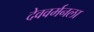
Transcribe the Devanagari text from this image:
देववर्मनला